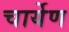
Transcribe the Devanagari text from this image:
चार्येण